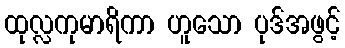
ထုလ္လကုမာရိကာ ဟူသော ပုဒ်အဖွင့်